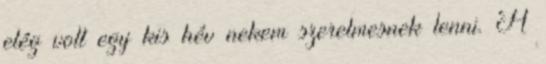
elég volt egy kis hév nekem szerelmesnek lenni. A